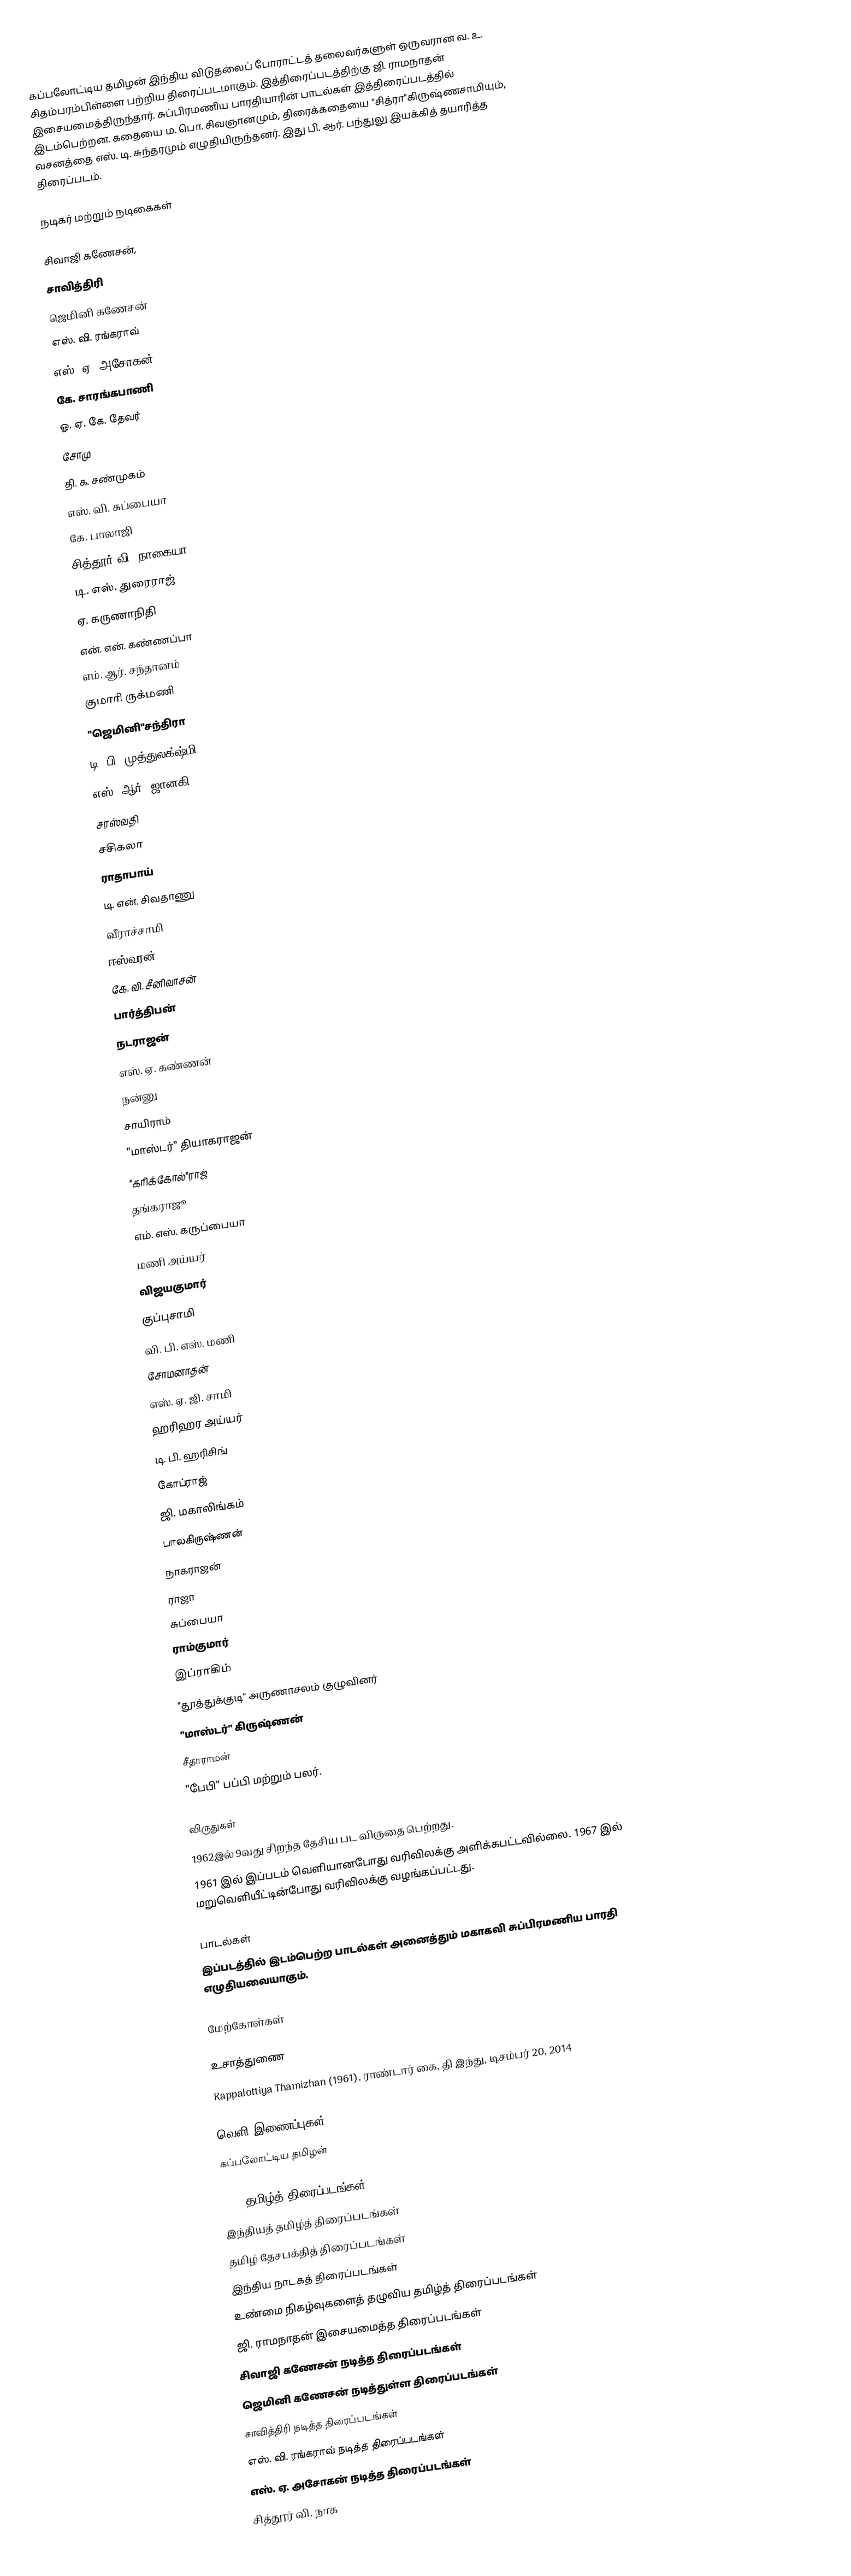
கப்பலோட்டிய தமிழன் இந்திய விடுதலைப் போராட்டத் தலைவர்களுள் ஒருவரான வ. உ. சிதம்பரம்பிள்ளை பற்றிய திரைப்படமாகும். இத்திரைப்படத்திற்கு ஜி. ராமநாதன் இசையமைத்திருந்தார். சுப்பிரமணிய பாரதியாரின் பாடல்கள் இத்திரைப்படத்தில் இடம்பெற்றன. கதையை ம. பொ. சிவஞானமும், திரைக்கதையை "சித்ரா"கிருஷ்ணசாமியும், வசனத்தை எஸ். டி. சுந்தரமும் எழுதியிருந்தனர். இது பி. ஆர். பந்துலு இயக்கித் தயாரித்த திரைப்படம்.

நடிகர் மற்றும் நடிகைகள்

 சிவாஜி கணேசன்,
சாவித்திரி
ஜெமினி கணேசன்
எஸ். வி. ரங்கராவ்
எஸ். ஏ. அசோகன்
கே. சாரங்கபாணி
ஓ. ஏ. கே. தேவர்
சோமு
தி. க. சண்முகம்
எஸ். வி. சுப்பையா
கே. பாலாஜி
சித்தூர் வி. நாகையா
டி. எஸ். துரைராஜ்
ஏ. கருணாநிதி
என். என். கண்ணப்பா
எம். ஆர். சந்தானம்
குமாரி ருக்மணி
"ஜெமினி"சந்திரா
டி. பி. முத்துலக்ஷ்மி
எஸ். ஆர். ஜானகி
சரஸ்வதி
சசிகலா
ராதாபாய்
டி. என். சிவதாணு
வீராச்சாமி
ஈஸ்வரன்
கே. வி. சீனிவாசன்
பார்த்திபன்
நடராஜன்
எஸ். ஏ. கண்ணன்
நன்னு
சாயிராம்
"மாஸ்டர்" தியாகராஜன்
"கரிக்கோல்"ராஜ்
தங்கராஜூ
எம். எஸ். கருப்பையா
மணி அய்யர்
விஜயகுமார்
குப்புசாமி
வி. பி. எஸ். மணி
சோமனாதன்
எஸ். ஏ. ஜி. சாமி
ஹரிஹர அய்யர்
டி. பி. ஹரிசிங்
கோப்ராஜ்
ஜி. மகாலிங்கம்
பாலகிருஷ்ணன்
நாகராஜன்
ராஜா
சுப்பையா
ராம்குமார்
இப்ராகிம்
"தூத்துக்குடி" அருணாசலம் குழுவினர்
"மாஸ்டர்" கிருஷ்ணன்
சீதாராமன்
"பேபி" பப்பி மற்றும் பலர்.

விருதுகள்
1962இல் 9வது சிறந்த தேசிய பட விருதை பெற்றது.
1961 இல்  இப்படம் வெளியானபோது வரிவிலக்கு அளிக்கபட்டவில்லை. 1967 இல் மறுவெளியீட்டின்போது வரிவிலக்கு வழங்கப்பட்டது.

பாடல்கள்
இப்படத்தில் இடம்பெற்ற பாடல்கள் அனைத்தும் மகாகவி சுப்பிரமணிய பாரதி எழுதியவையாகும்.

மேற்கோள்கள்

உசாத்துணை
 Kappalottiya Thamizhan (1961), ராண்டார் கை, தி இந்து, டிசம்பர் 20, 2014

வெளி இணைப்புகள்
 கப்பலோட்டிய தமிழன்

1961 தமிழ்த் திரைப்படங்கள்
இந்தியத் தமிழ்த் திரைப்படங்கள்
தமிழ் தேசபக்தித் திரைப்படங்கள்
இந்திய நாடகத் திரைப்படங்கள்
உண்மை நிகழ்வுகளைத் தழுவிய தமிழ்த் திரைப்படங்கள்
ஜி. ராமநாதன் இசையமைத்த திரைப்படங்கள்
சிவாஜி கணேசன் நடித்த திரைப்படங்கள்
ஜெமினி கணேசன் நடித்துள்ள திரைப்படங்கள்
சாவித்திரி நடித்த திரைப்படங்கள்
எஸ். வி. ரங்கராவ் நடித்த திரைப்படங்கள்
எஸ். ஏ. அசோகன் நடித்த திரைப்படங்கள்
சித்தூர் வி. நாக